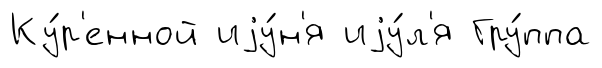
Ку́р'енной иjу́н'я иjу́л'я Гру́ппа